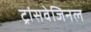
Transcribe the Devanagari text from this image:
ट्रांसवेजिनल